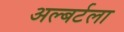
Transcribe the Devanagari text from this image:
अल्बर्टला